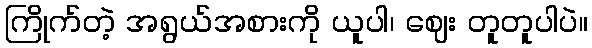
ကြိုက်တဲ့ အရွယ်အစားကို ယူပါ၊ ဈေး တူတူပါပဲ။